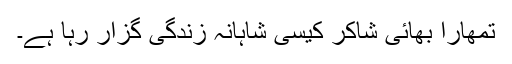
تمھارا بھائی شاکر کیسی شاہانہ زندگی گزار رہا ہے۔